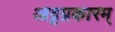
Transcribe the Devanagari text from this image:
आट्टप्रकारम्